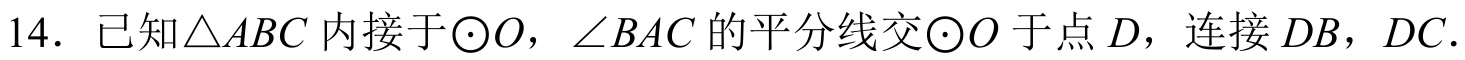
14. 已知\(\triangle ABC\)内接于\(\odot O\)，\(\angle BAC\)的平分线交\(\odot O\)于点\(D\)，连接\(DB\)，\(DC\).